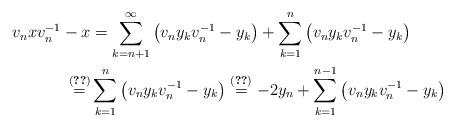
LaTeX: \begin{align*}v_n x v_n^{-1}-x & =\sum\limits_{k=n+1}^\infty \left(v_n y_k v_n^{-1} - y_k\right)+\sum\limits_{k=1}^n \left(v_n y_k v_n^{-1} - y_k\right)\\\stackrel{\eqref{invv}}{=}& \sum\limits_{k=1}^{n} \left(v_n y_k v_n^{-1} - y_k\right)\stackrel{\eqref{vvvv}}{=}-2y_n + \sum\limits_{k=1}^{n-1} \left(v_n y_k v_n^{-1}- y_k\right)\end{align*}